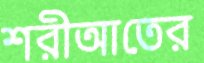
শরীআতের